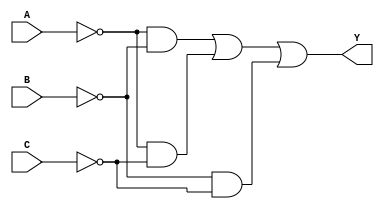
module minority(A,B,C,Y);
    input A,B,C;
    output Y;

    assign Y = ~A & ~B | ~A & ~C | ~B & ~C;
endmodule